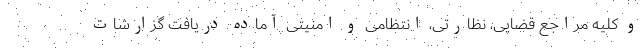
و کلیه مراجع قضایی، نظارتی، انتظامی و امنیتی آماده دریافت گزارشات